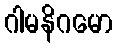
ဂါမနိဂမော